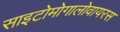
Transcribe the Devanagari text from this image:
साइटोमोगालोवायरस